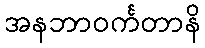
အနဘာဝင်္ကတာနိ